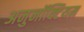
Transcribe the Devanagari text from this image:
अनुनॉक्टियम